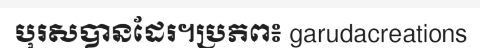
បុរសបានដែរ។ប្រភព៖ garudacreations